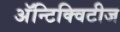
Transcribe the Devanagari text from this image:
अॅन्टिक्विटीज